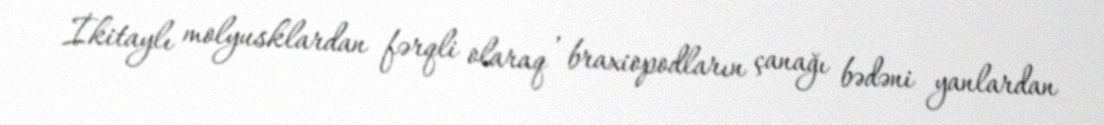
İkitaylı molyusklardan fərqli olaraq , braxiopodların çanağı bədəni yanlardan